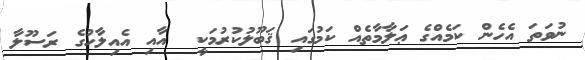
ނުވަތަ އެހެން ކަމެއްގެ ޢަލާމާތެއް ކަމުގައި ޤަބޫލުކުރުމަކީ  އާއި އެއިލާހުގެ ރަސޫލާ